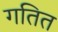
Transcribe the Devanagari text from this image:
गतित